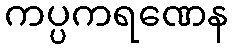
ကပ္ပကရဏေန